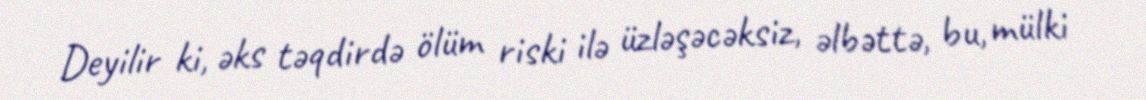
Deyilir ki, əks təqdirdə ölüm riski ilə üzləşəcəksiz, əlbəttə, bu, mülki